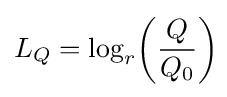
L_{Q}=\log _{r}\!\left({\frac {Q}{Q_{0}}}\right)\!